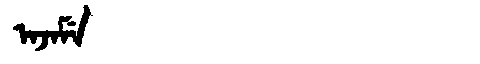
Manchu: ᠠᠵᠠᠮᡝ
Romanization: AJAME